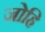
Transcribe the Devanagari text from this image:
जोह्रि